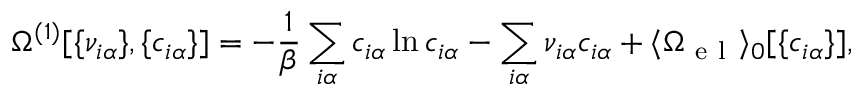
\Omega ^ { ( 1 ) } [ \{ \nu _ { i \alpha } \} , \{ c _ { i \alpha } \} ] = - \frac { 1 } { \beta } \sum _ { i \alpha } c _ { i \alpha } \ln c _ { i \alpha } - \sum _ { i \alpha } \nu _ { i \alpha } c _ { i \alpha } + \langle \Omega _ { \mathrm { ~ e ~ l ~ } } \rangle _ { 0 } [ \{ c _ { i \alpha } \} ] ,